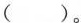
( )。